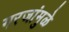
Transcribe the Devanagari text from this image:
गरजांमुळे